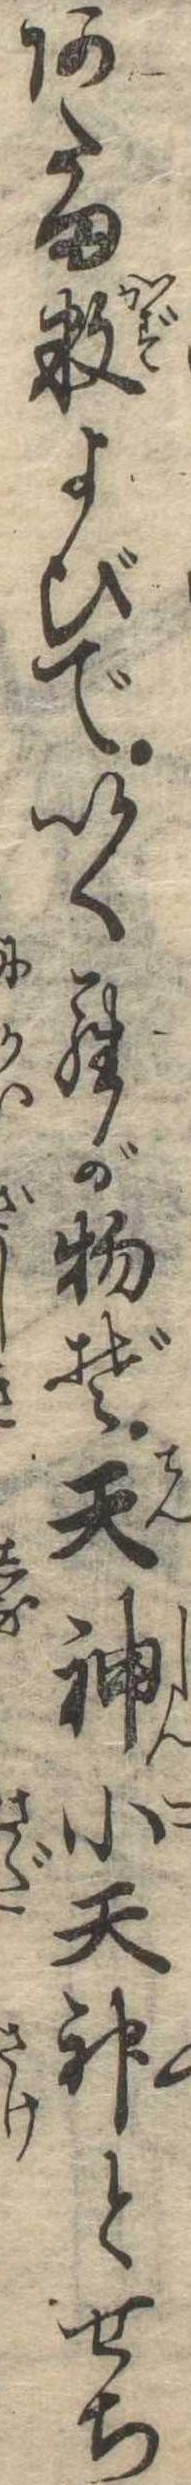
あたま数よびでいくらが物ぞ天神小天神とせち